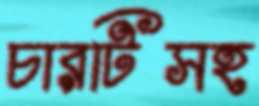
চারটিসহ